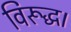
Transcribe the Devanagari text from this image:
विरूद्ध।